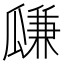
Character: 㼓